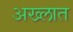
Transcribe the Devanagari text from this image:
अख्लात